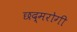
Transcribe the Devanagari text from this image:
छद्मरोगी